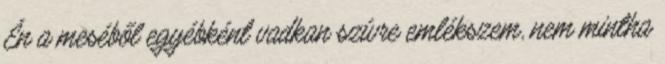
Én a meséből egyébként vadkan szívre emlékszem, nem mintha